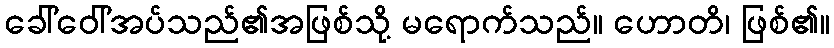
ခေါ်ဝေါ်အပ်သည်၏အဖြစ်သို့ မရောက်သည်။ ဟောတိ၊ ဖြစ်၏။